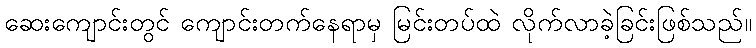
ဆေးကျောင်းတွင် ကျောင်းတက်နေရာမှ မြင်းတပ်ထဲ လိုက်လာခဲ့ခြင်းဖြစ်သည်။